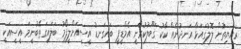
ރައްޔިތުން ލޮލުގައަޅާ އަނދުނެއް ކާކު ގަބޫލުކުރާނީ އެމްޑީޕީ ބައިގަނޑު އީސީއަށްލީފޯމު ބަލައިގަތޭބުނީމަ އީސީއަކީ